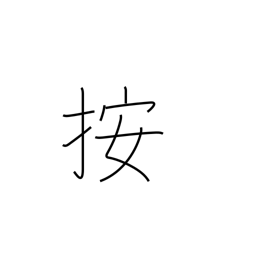
Meaning: hold